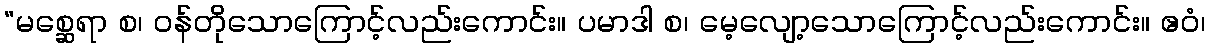
“မစ္ဆေရာ စ၊ ဝန်တိုသောကြောင့်လည်းကောင်း။ ပမာဒါ စ၊ မေ့လျော့သောကြောင့်လည်းကောင်း။ ဧဝံ၊